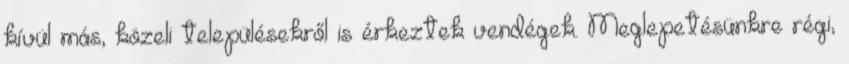
kívül más, közeli településekről is érkeztek vendégek. Meglepetésünkre régi,